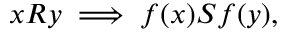
x R y \implies f ( x ) S f ( y ) ,